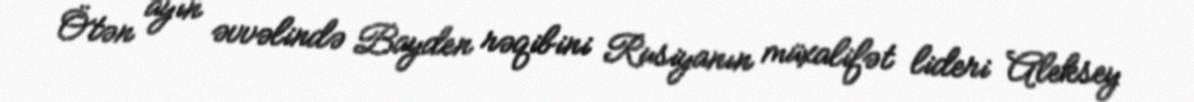
Ötən ayın əvvəlində Bayden rəqibini Rusiyanın müxalifət lideri Aleksey